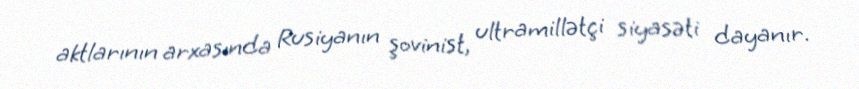
aktlarının arxasında Rusiyanın şovinist, ultramillətçi siyasəti dayanır.